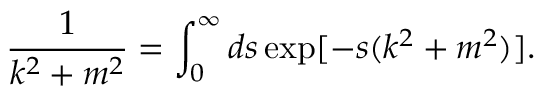
\frac { 1 } { k ^ { 2 } + m ^ { 2 } } = \int _ { 0 } ^ { \infty } d s \exp [ - s ( k ^ { 2 } + m ^ { 2 } ) ] .